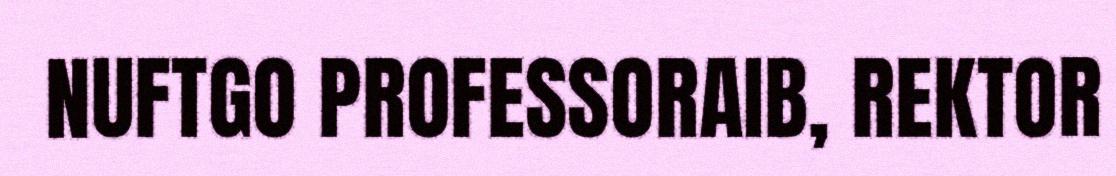
NUFTGO PROFESSORAIB, REKTOR